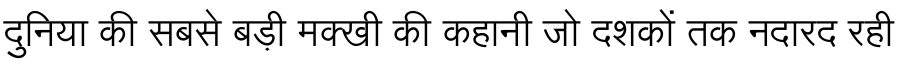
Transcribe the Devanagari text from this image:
दुनिया की सबसे बड़ी मक्खी की कहानी जो दशकों तक नदारद रही